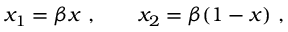
x _ { 1 } = \beta x ~ , \ \ \ \ \ \ x _ { 2 } = \beta ( 1 - x ) ~ ,